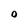
Character: 0